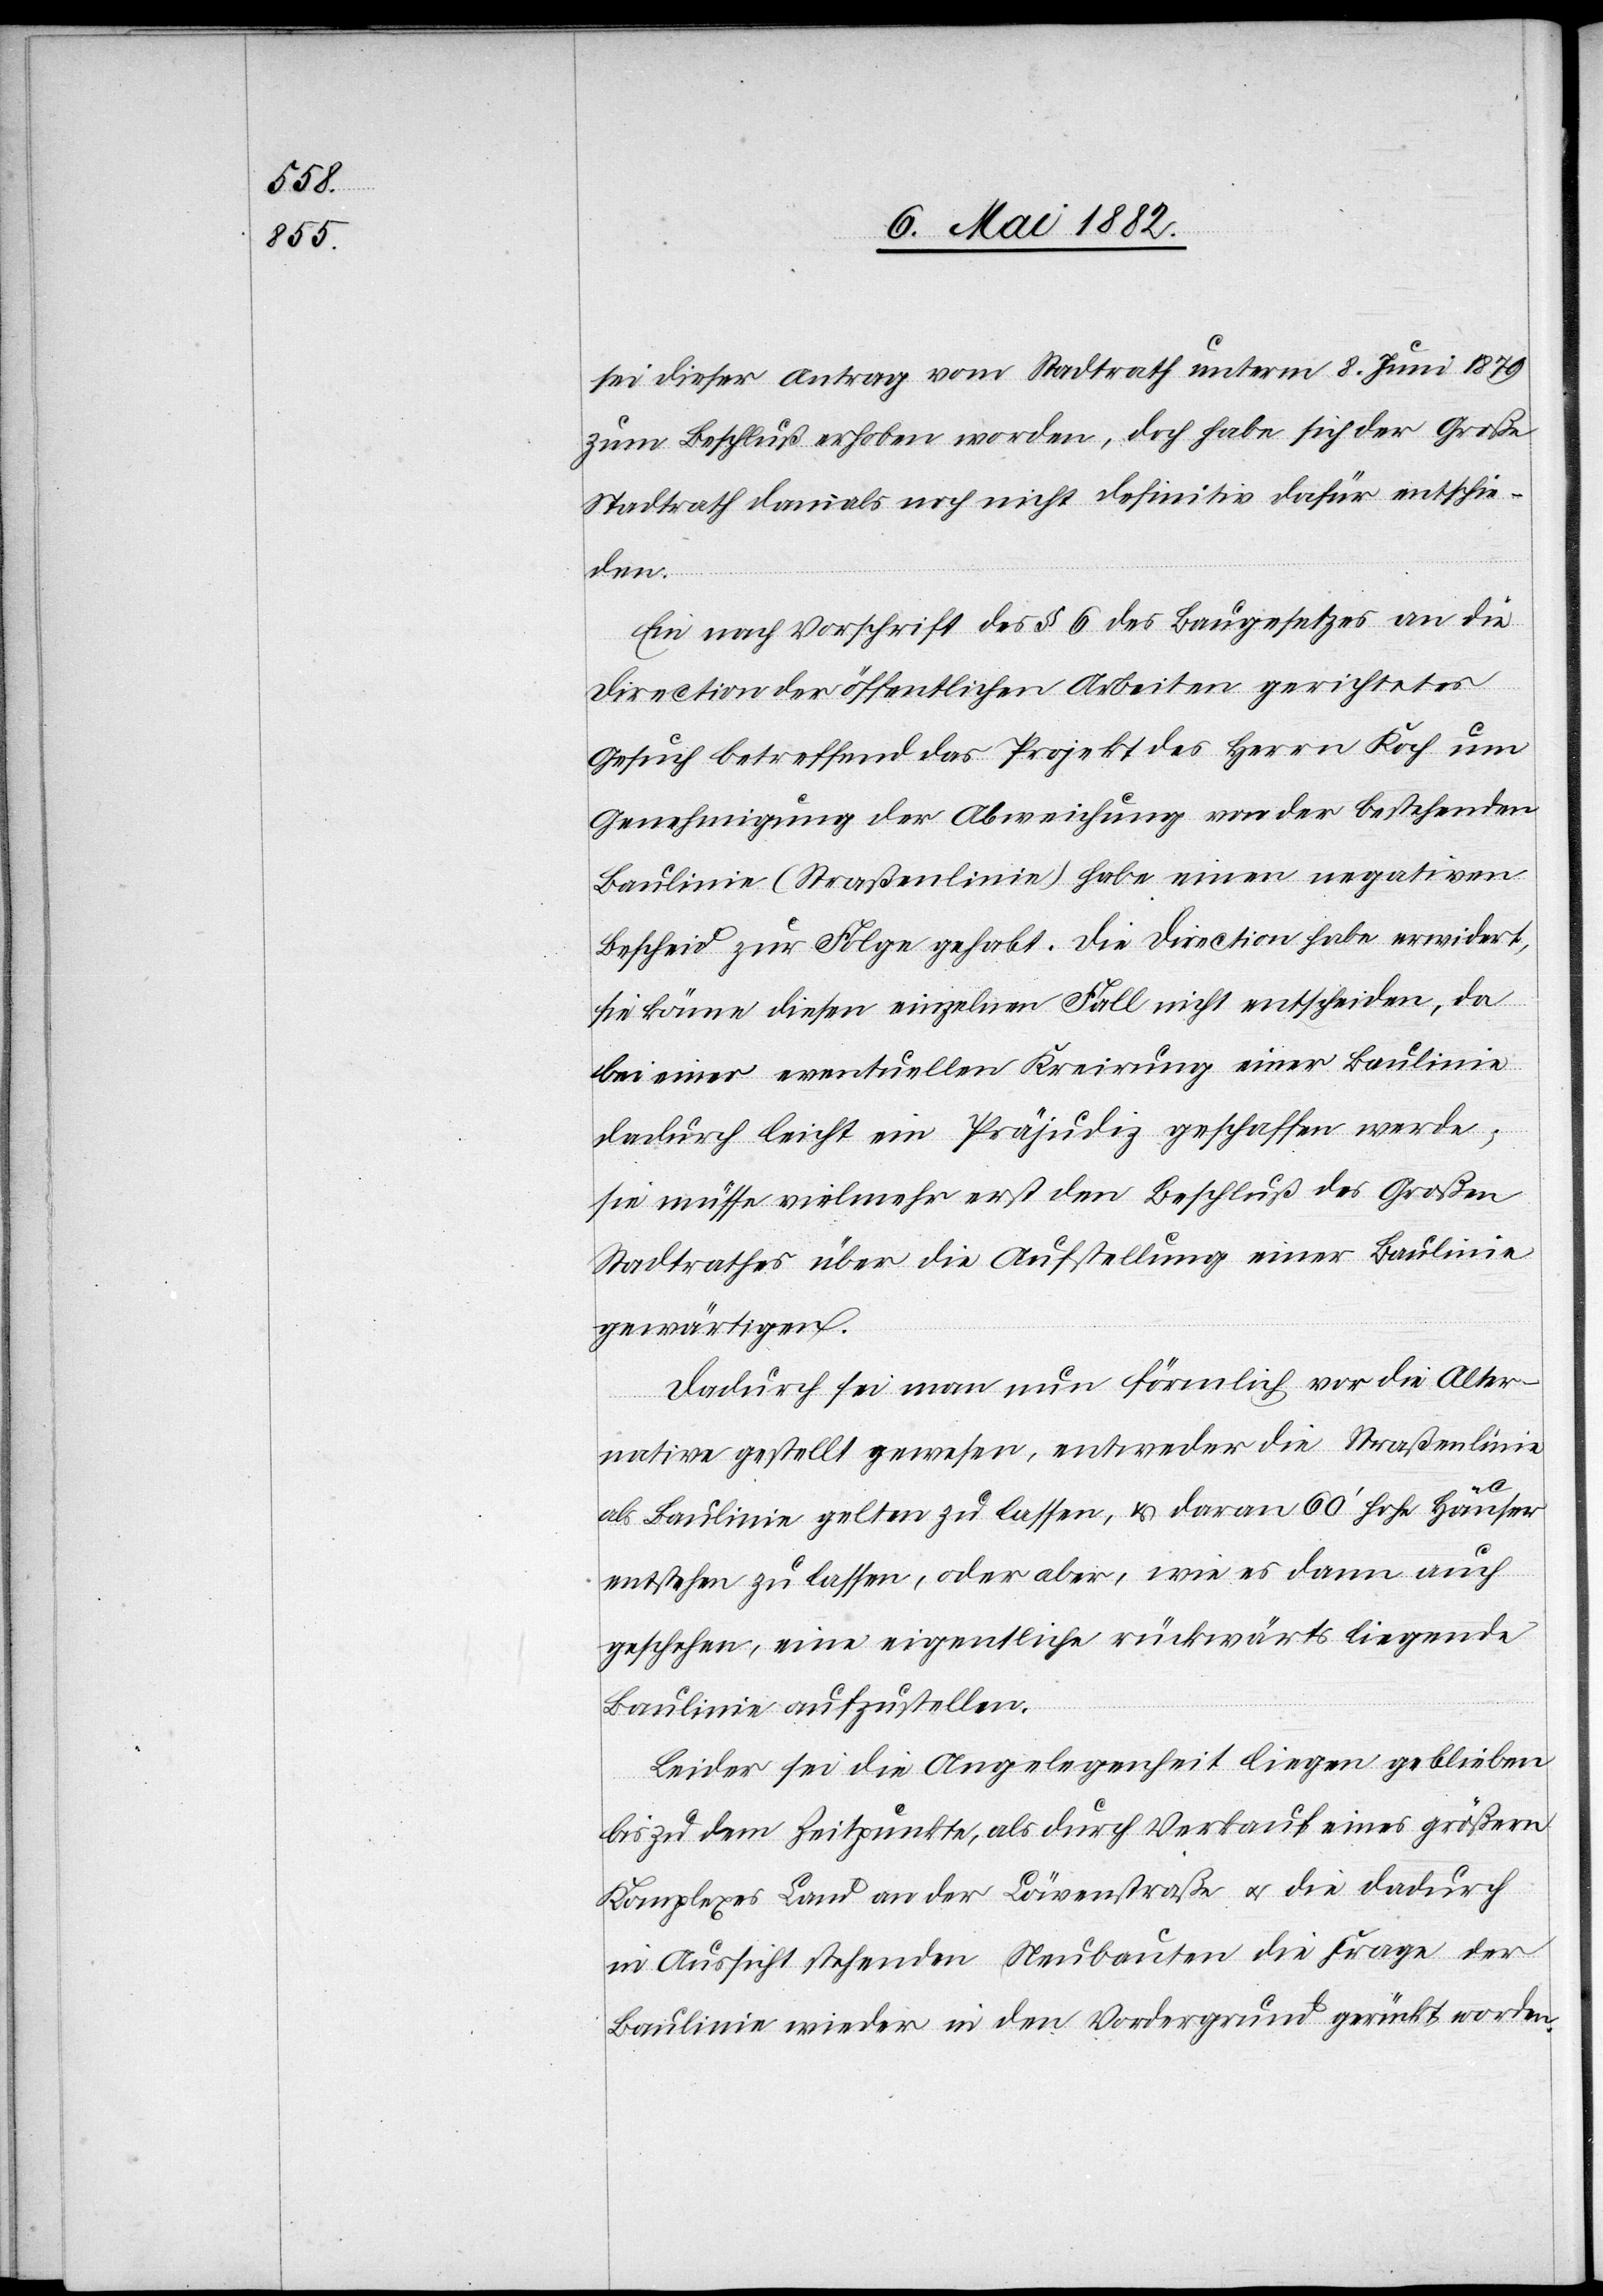
sei dieser Antrag vom Stadtrath unterm 8. Juni 1879
zum Beschluß erhoben worden, doch habe sich der Große
Stadtrath damals noch nicht definitiv dafür entschie¬
den.
Ein nach Vorschrift des § 6 des Baugesetzes an die
Direction der öffentlichen Arbeiten gerichtetes
Gesuch betreffend das Projekt des Herrn Koch um
Genehmigung der Abweichung von der bestehenden
Baulinie (Straßenlinie) habe einen negativen
Bescheid zur Folge gehabt. Die Direction habe erwidert,
sie könne diesen einzelnen Fall nicht entscheiden, da
bei einer eventuellen Kreirung einer Baulinie
dadurch leicht ein Präjudiz geschaffen werde;
sie müsse vielmehr erst den Beschluß des Großen
Stadtrathes über die Aufstellung einer Baulinie
gewärtigen.
Dadurch sei man nun förmlich vor die Alter¬
native gestellt gewesen, entweder die Straßenlinie
als Baulinie gelten zu lassen, & daran 60’ hohe Häuser
entstehen zu lassen, oder aber, wie es dann auch
geschehen, eine eigentliche rückwärts liegende
Baulinie aufzustellen.
Leider sei die Angelegenheit liegen geblieben
bis zu dem Zeitpunkte, als durch Verkauf eines größern
Komplexes Land an der Löwenstraße u. die dadurch
in Aussicht stehenden Neubauten die Frage der
Baulinie wieder in den Vordergrund gerückt worden.